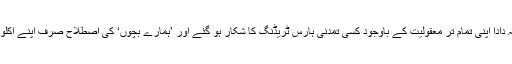
لیکن بات پکی ہونے کی دیر تھی ، جس میں ڈیڑھ دو منٹ لگے ہوں گے کہ دادا اپنی تمام تر معقولیت کے باوجود کسی تمدنی ہارس ٹریڈنگ کا شکار ہو گئے اور ’ہمارے بچوں‘ کی اصطلاح صرف اپنے اکلوتے بیٹے کی اولاد ، یعنی میرے بہن بھائیوں کے لئے استعمال ہونے لگی ۔